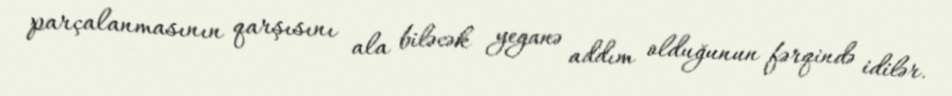
parçalanmasının qarşısını ala biləcək yeganə addım olduğunun fərqində idilər.